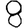
Digit: 8